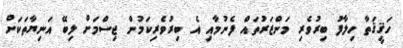
ހަޤީޤަތާ ހިލާފު ބިރުވެރި މަންޒަރުތައް ފެނުމާއި އެ ބިރުވެރިކަމުން ޖިސްމަށް ލިބޭ އަނިޔާތަކަށް